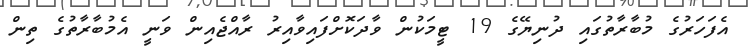
އެފަހަރުގެ މުބާރާތުގައި ދުނިޔޭގެ 19 ޓީމަކުން ވާދަކޮށްފައިވާއިރު ރާއްޖެއިން ވަނީ އެމުބާރާތުގެ ތިން